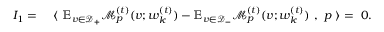
\begin{array} { r l } { I _ { 1 } = } & { ~ \langle ~ \mathbb { E } _ { v \in \mathcal { D } _ { + } } \mathcal { M } _ { p } ^ { ( t ) } ( v ; { \boldsymbol w } _ { k } ^ { ( t ) } ) - \mathbb { E } _ { v \in \mathcal { D } _ { - } } \mathcal { M } _ { p } ^ { ( t ) } ( v ; { \boldsymbol w } _ { k } ^ { ( t ) } ) ~ , ~ { \boldsymbol p } ~ \rangle = ~ 0 . } \end{array}